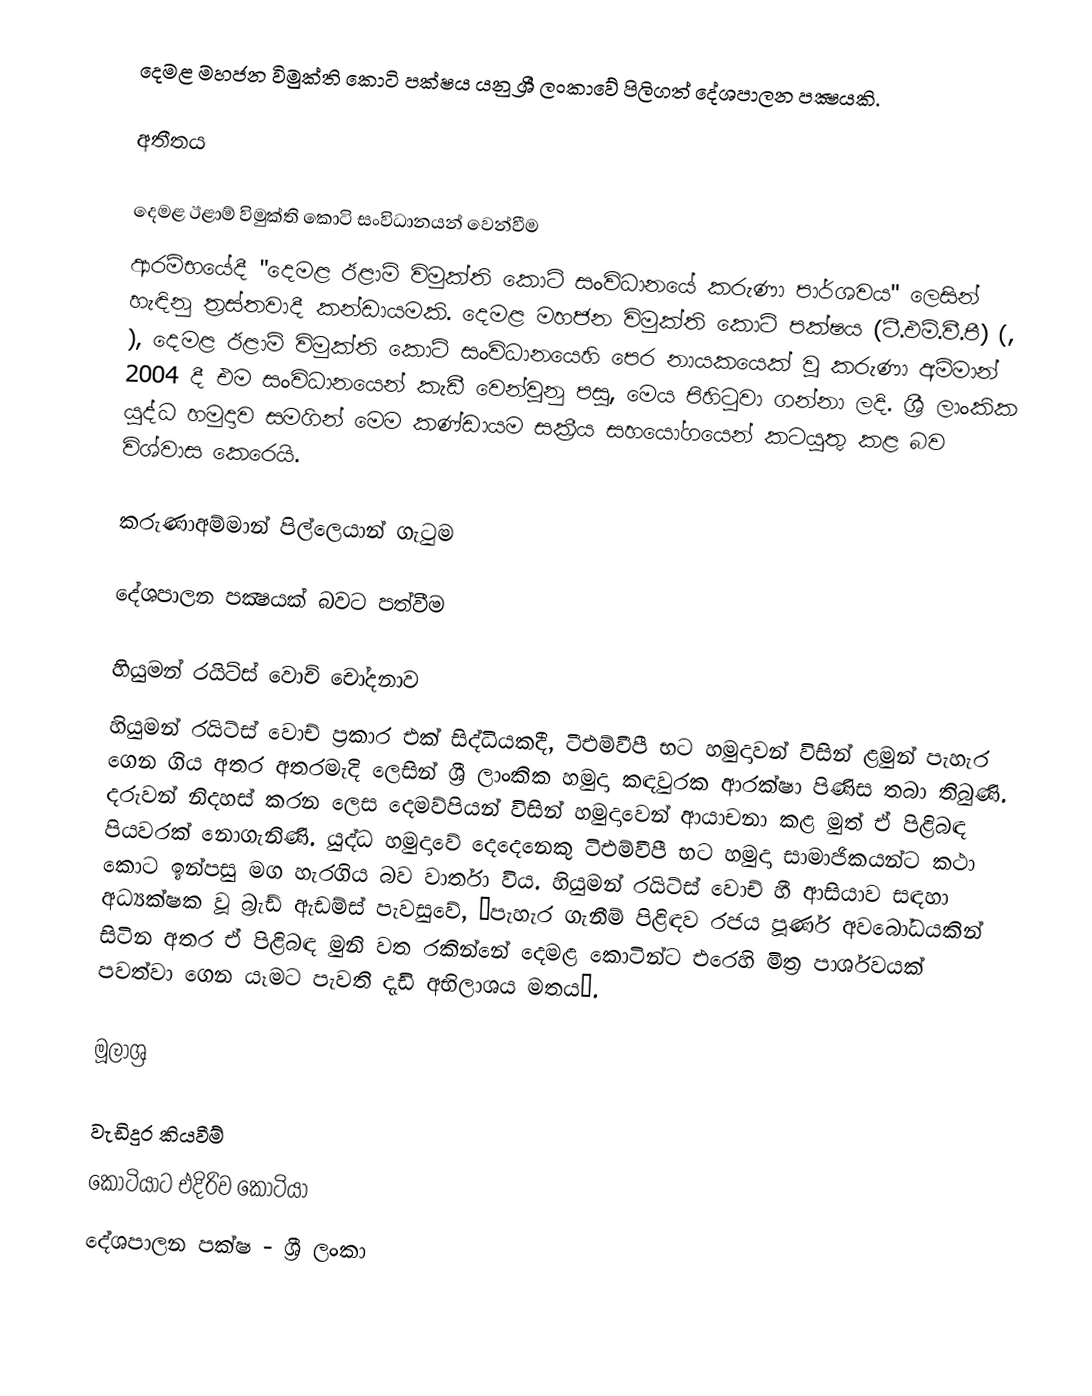
දෙමළ මහජන විමුක්ති කොටි පක්ෂය යනු ශ්‍රී ලංකාවේ පිලිගත් දේශපාලන පක්‍ෂයකි.

අතීතය

දෙමළ ඊළාම් විමුක්ති කොටි සංවිධානයන් වෙන්වීම
ආරම්භයේදී  "දෙමළ ඊළාම් විමුක්ති කොටි සංවිධානයේ කරුණා පාර්ශවය" ලෙසින් හැඳිනු ත්‍රස්තවාදී කන්ඩායමකි. දෙමළ මහජන විමුක්ති කොටි පක්ෂය (ටී.එම්.වී.පී) (, ),  දෙමළ ඊළාම් විමුක්ති කොටි සංවිධානයෙහි  පෙර නායකයෙක් වූ කරුණා අම්මාන් 2004 දී එම සංවිධානයෙන් කැඩී වෙන්වුනු පසු,  මෙය පිහිටුවා ගන්නා ලදි. ශ්‍රී ලාංකික යුද්ධ හමුදාව සමගින් මෙම කණ්ඩායම සක්‍රීය සහයෝගයෙන් කටයුතු කළ බව විශ්වාස කෙරෙයි.

කරුණාඅම්මාන් පිල්ලෙයාන් ගැටුම

දේශපාලන පක්‍ෂයක් බවට පත්වීම

හියුමන් රයිට්ස් වොච් චෝදනාව
හියුමන් රයිට්ස් වොච් ප්‍රකාර එක් සිද්ධියකදී, ටීඑම්වීපී භට හමුදාවන් විසින් ළමුන් පැහැර ගෙන ගිය අතර අතරමැදි ලෙසින් ශ්‍රී ලාංකික හමුදා කඳවුරක ආරක්ෂා පිණිස තබා තිබුණි. දරුවන් නිදහස් කරන ලෙස දෙමව්පියන් විසින් හමුදාවෙන් ආයාචනා කළ මුත් ඒ පිළිබඳ පියවරක් නොගැනිණි. යුද්ධ හමුදාවේ දෙදෙනෙකු ටිඑම්වීපී භට හමුදා සාමාජිකයන්ට කථා කොට ඉන්පසු මග හැරගිය බව වාර්තා විය. හියුමන් රයිට්ස් වොච් හී ආසියාව සඳහා අධ්‍යක්ෂක වූ බ්‍රැඩ් ඇඩම්ස් පැවසුවේ, “පැහැර ගැනීම් පිළිඳව රජය පූර්ණ අවබෝධයකින් සිටින අතර ඒ පිළිබඳ මුනි වත රකින්නේ දෙමළ කොටින්ට එරෙහි මිත්‍ර පාර්ශවයක් පවත්වා ගෙන යෑමට පැවති දැඩි අභිලාශය මතය”.

මූලාශ්‍ර

වැඩිදුර කියවීම්
 කොටියාට එදිරිව කොටියා
දේශපාලන පක්ෂ - ශ්‍රී ලංකා